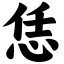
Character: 恁